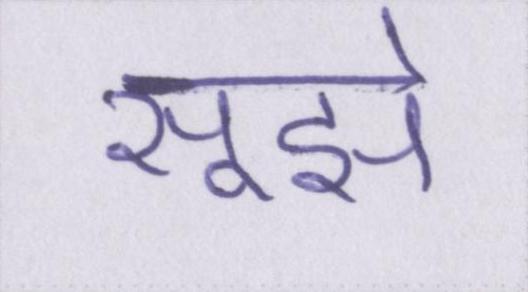
सूझे